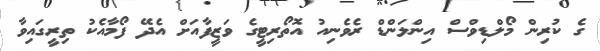
ގެ ކުރިން މޯލްޑިވްސް އިންލަންޑް ރެވެނިއު އޮތޯރިޓީގެ ވަޒީފާއަށް އެދޭ ފޯމާއެކު ތިރީގައިވާ